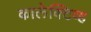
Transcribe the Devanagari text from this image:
कालेक्टिव्ह